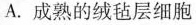
A.成熟的绒毡层细胞